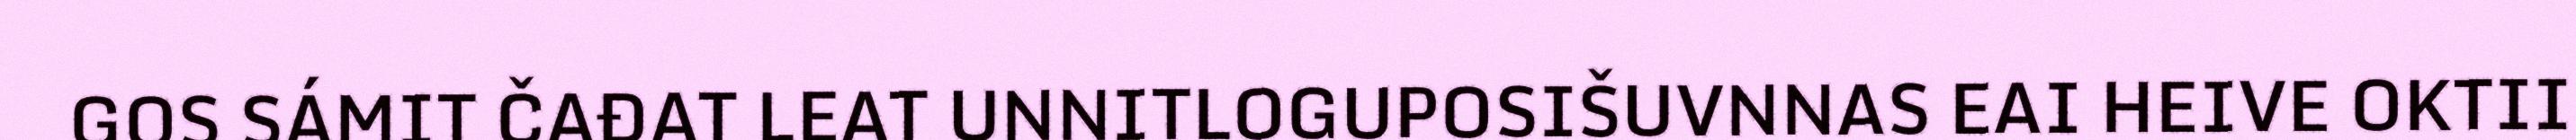
GOS SÁMIT ČAĐAT LEAT UNNITLOGUPOSIŠUVNNAS EAI HEIVE OKTII